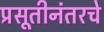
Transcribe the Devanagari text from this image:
प्रसूतीनंतरचे